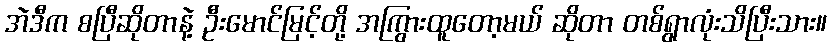
အဲဒီက စပြီဆိုတာနဲ့ ဦးမောင်မြင့်တို့ အကြွားထူတော့မယ် ဆိုတာ တစ်ရွာလုံးသိပြီးသား။